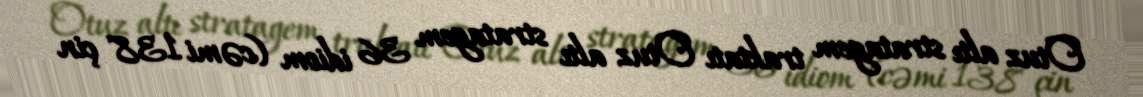
Otuz altı stratagem traktatı Otuz altı stratagem 36 idiom (cəmi 138 çin